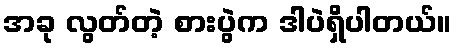
အခု လွတ်တဲ့ စားပွဲက ဒါပဲရှိပါတယ်။